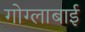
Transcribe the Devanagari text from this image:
गोग्लाबाई